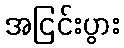
အငြင်းပွား